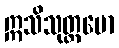
ဣသိသုတ္တမော